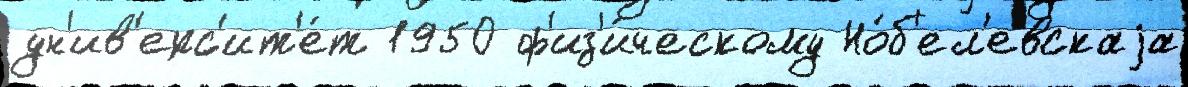
ун'ив'ерс'ит'е́т 1950 ф'из'и́ческому Но́б'ел'евскаjа